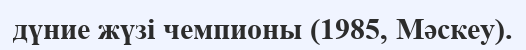
дүние жүзі чемпионы (1985, Мәскеу).